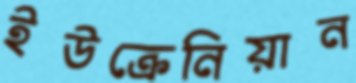
ইউক্রেনিয়ান